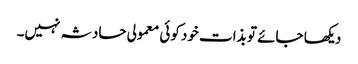
دیکھا جائے تو بذات خود کوئی معمولی حادثہ نہیں۔